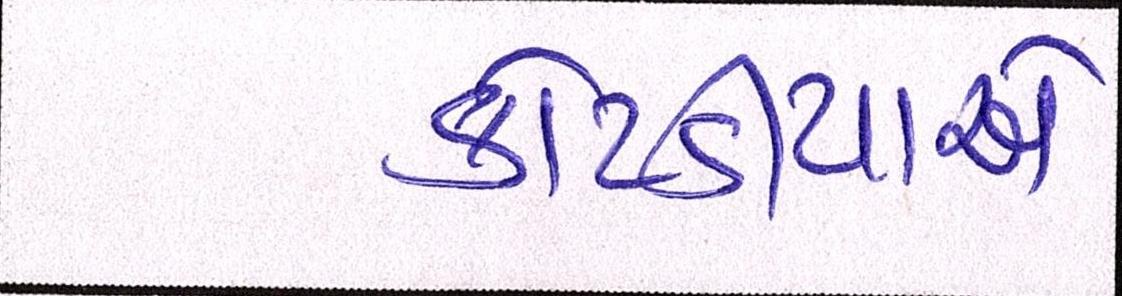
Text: કોટડીયાએ